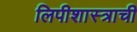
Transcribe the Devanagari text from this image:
लिपीशास्त्राची